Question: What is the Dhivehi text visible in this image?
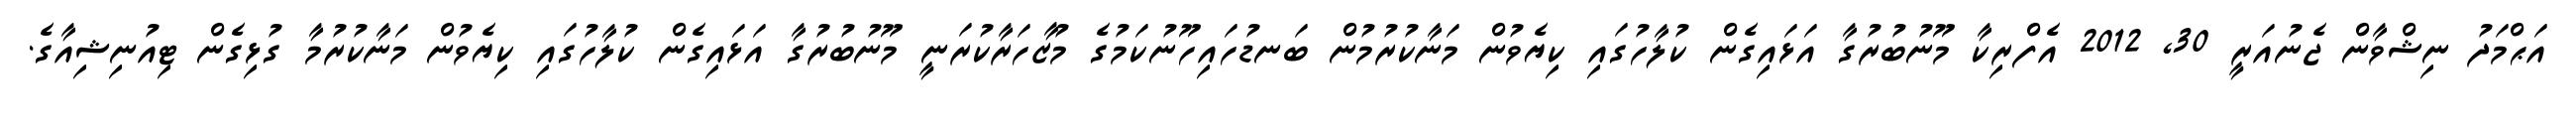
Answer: އަޙްމަދު ނިޝްވާން ޖެނުއަރީ 30, 2012 އެފްރިކާ މޫނުބުރުގާ އަޅައިގެން ކުލާހުގައި ކިޔެވުން މަނާކުރުމުން ބަނޑުހައިހޫނުކަމުގެ މުޒާހަރާކުރަނީ މޫނުބުރުގާ އަޅައިގެން ކުލާހުގައި ކިޔެވުން މަނާކުރުމާ ގުޅިގެން ޓިއުނިޝިއާގެ.